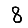
Digit: 8